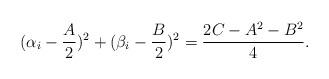
LaTeX: \begin{align*}(\alpha_i-\frac{A}{2})^2+(\beta_i-\frac{B}2)^2=\frac{2C-A^2-B^2}{4}.\end{align*}